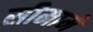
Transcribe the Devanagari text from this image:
सीमामें